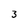
Character: 3